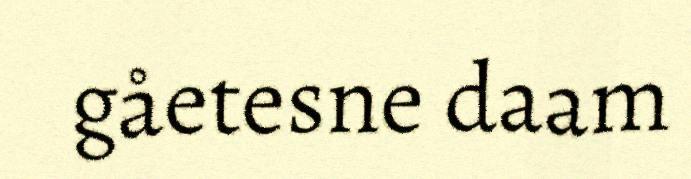
gåetesne daam